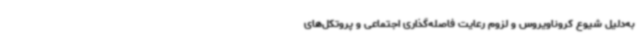
به‌دلیل شیوع کروناویروس و لزوم رعایت فاصله‌گذاری اجتماعی و پروتکل‌های